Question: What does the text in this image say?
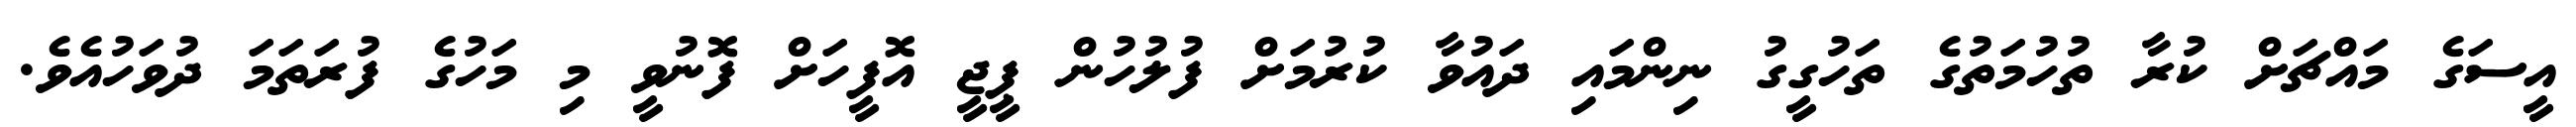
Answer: އީސަގެ މައްޗަށް ކުރާ ތުހުމަތުގެ ތަހުގީގު ނިންމައި ދައުވާ ކުރުމަށް ފުލުހުން ޕީޖީ އޮފީހަށް ފޮނުވީ މި މަހުގެ ފުރަތަމަ ދުވަހުއެވެ.